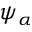
\psi _ { \alpha }